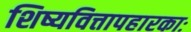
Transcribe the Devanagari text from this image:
शिष्यवित्तापहारकाः